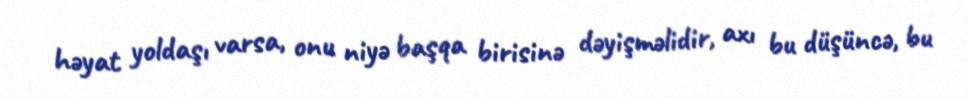
həyat yoldaşı varsa, onu niyə başqa birisinə dəyişməlidir, axı bu düşüncə, bu